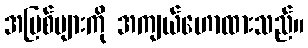
အပြစ်များကို အကျယ်ဟောထားသည်။